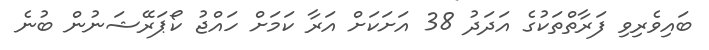
ބައިވެރިވި ފަރާތްތަކުގެ އަދަދު 38 އަށަކަށް އަރާ ކަމަށް ހައްޖު ކޯޕަރޭޝަނުން ބުނެ